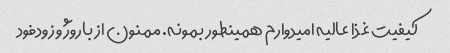
کیفیت غذا عالیه امیدوارم همینطور بمونه. ممنون از باروژ و زودفود